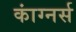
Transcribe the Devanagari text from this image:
कांग्नर्स